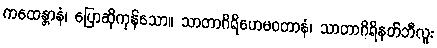
ကထေန္တာနံ၊ ပြောဆိုကုန်သော။ သာတာဂိရိဟေမဝတာနံ၊ သာတာဂိရိနတ်ဘီလူး